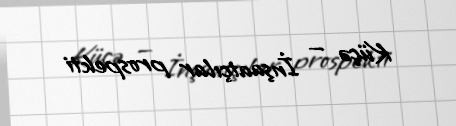
Küçə — İnşaatçılar prospekti